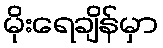
မိုးရေချိန်မှာ